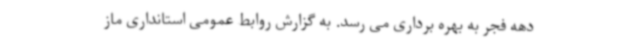
دهه فجر به بهره برداری می رسد. به گزارش روابط عمومی استانداری ماز